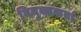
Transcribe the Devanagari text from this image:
नियुक्तकर्ता